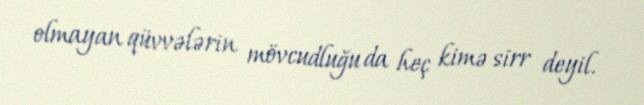
olmayan qüvvələrin mövcudluğu da heç kimə sirr deyil.